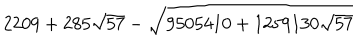
LaTeX: 2 2 0 9 + 2 8 5 \sqrt { 5 7 } - \sqrt { 9 5 0 5 4 1 0 + 1 2 5 9 1 3 0 \sqrt { 5 7 } }